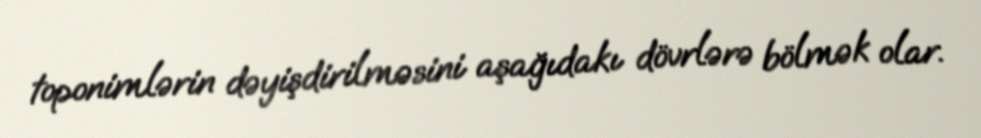
toponimlərin dəyişdirilməsini aşağıdakı dövrlərə bölmək olar.